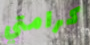
كرامتي